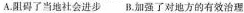
A.阻碍了当地社会进步 B.加强了对地方的有效治理